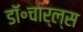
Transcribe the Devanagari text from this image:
डॉ॰चार्ल्स